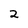
Character: 2